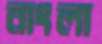
নাংলা